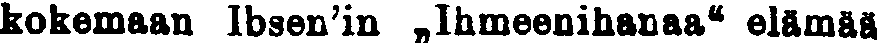
kokemaan Ibsen'in ,,Ihmeenihanaa'' elämää